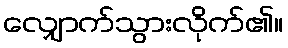
လျှောက်သွားလိုက်၏။